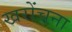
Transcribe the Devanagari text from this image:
खरोंचना